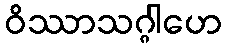
ဝိဿာသဂ္ဂါဟေ